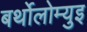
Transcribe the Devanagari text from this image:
बर्थोलोम्युइ